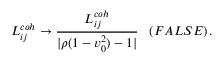
L _ { i j } ^ { c o h } \to \frac { L _ { i j } ^ { c o h } } { | \rho ( 1 - v _ { 0 } ^ { 2 } ) - 1 | } \; \; \; ( F A L S E ) \, .